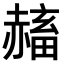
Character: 𧹴